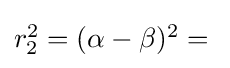
\textstyle r_{2}^{2}=(\alpha -\beta )^{2}={}